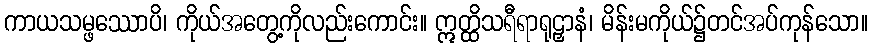
ကာယသမ္ဖဿောပိ၊ ကိုယ်အတွေ့ကိုလည်းကောင်း။ ဣတ္ထိသရီရာရုဠှာနံ၊ မိန်းမကိုယ်၌တင်အပ်ကုန်သော။